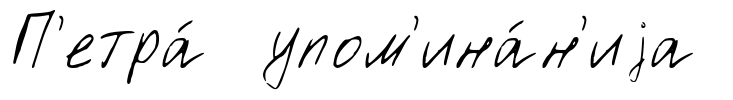
П'етра́ упом'ина́н'иjа